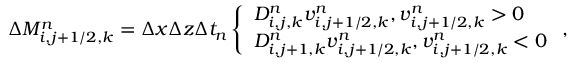
\begin{array} { r } { \Delta M _ { i , j + 1 / 2 , k } ^ { n } = \Delta x \Delta z \Delta t _ { n } \left\{ \begin{array} { l l } { D _ { i , j , k } ^ { n } v _ { i , j + 1 / 2 , k } ^ { n } , v _ { i , j + 1 / 2 , k } ^ { n } > 0 } \\ { D _ { i , j + 1 , k } ^ { n } v _ { i , j + 1 / 2 , k } ^ { n } , v _ { i , j + 1 / 2 , k } ^ { n } < 0 } \end{array} \right. , } \end{array}